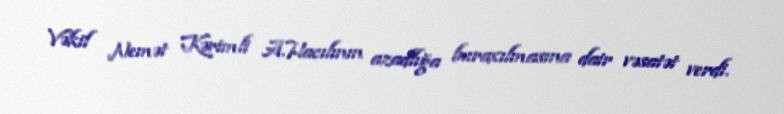
Vəkil Nemət Kərimli A.Hacılının azadlığa buraxılmasına dair vəsatət verdi.